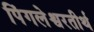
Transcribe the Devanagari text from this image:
पिंगलेश्वरतीर्थ